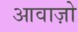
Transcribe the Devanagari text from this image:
आवाज़ो